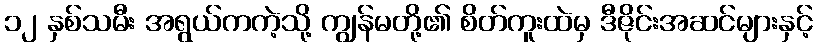
၁၂ နှစ်သမီး အရွယ်ကကဲ့သို့ ကျွန်မတို့၏ စိတ်ကူးထဲမှ ဒီဇိုင်းအဆင်များနှင့်